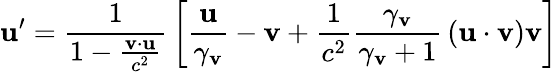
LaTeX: \mathbf{u}^{\prime}={\frac{1}{1-{\frac{\mathbf{v}\cdot\mathbf{u}}{c^{2}}}}}\left[{\frac{\mathbf{u}}{\gamma_{\mathbf{v}}}}-\mathbf{v}+{\frac{1}{c^{2}}}{\frac{\gamma_{\mathbf{v}}}{\gamma_{\mathbf{v}}+1}}\left(\mathbf{u}\cdot\mathbf{v}\right)\mathbf{v}\right]